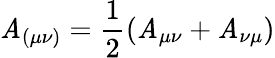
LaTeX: \mathit{A}_{(\mu\nu)}=\frac{{1}}{{2}}\left(\mathit{A}_{\mu\nu}+\mathit{A}_{\nu\mu}\right)